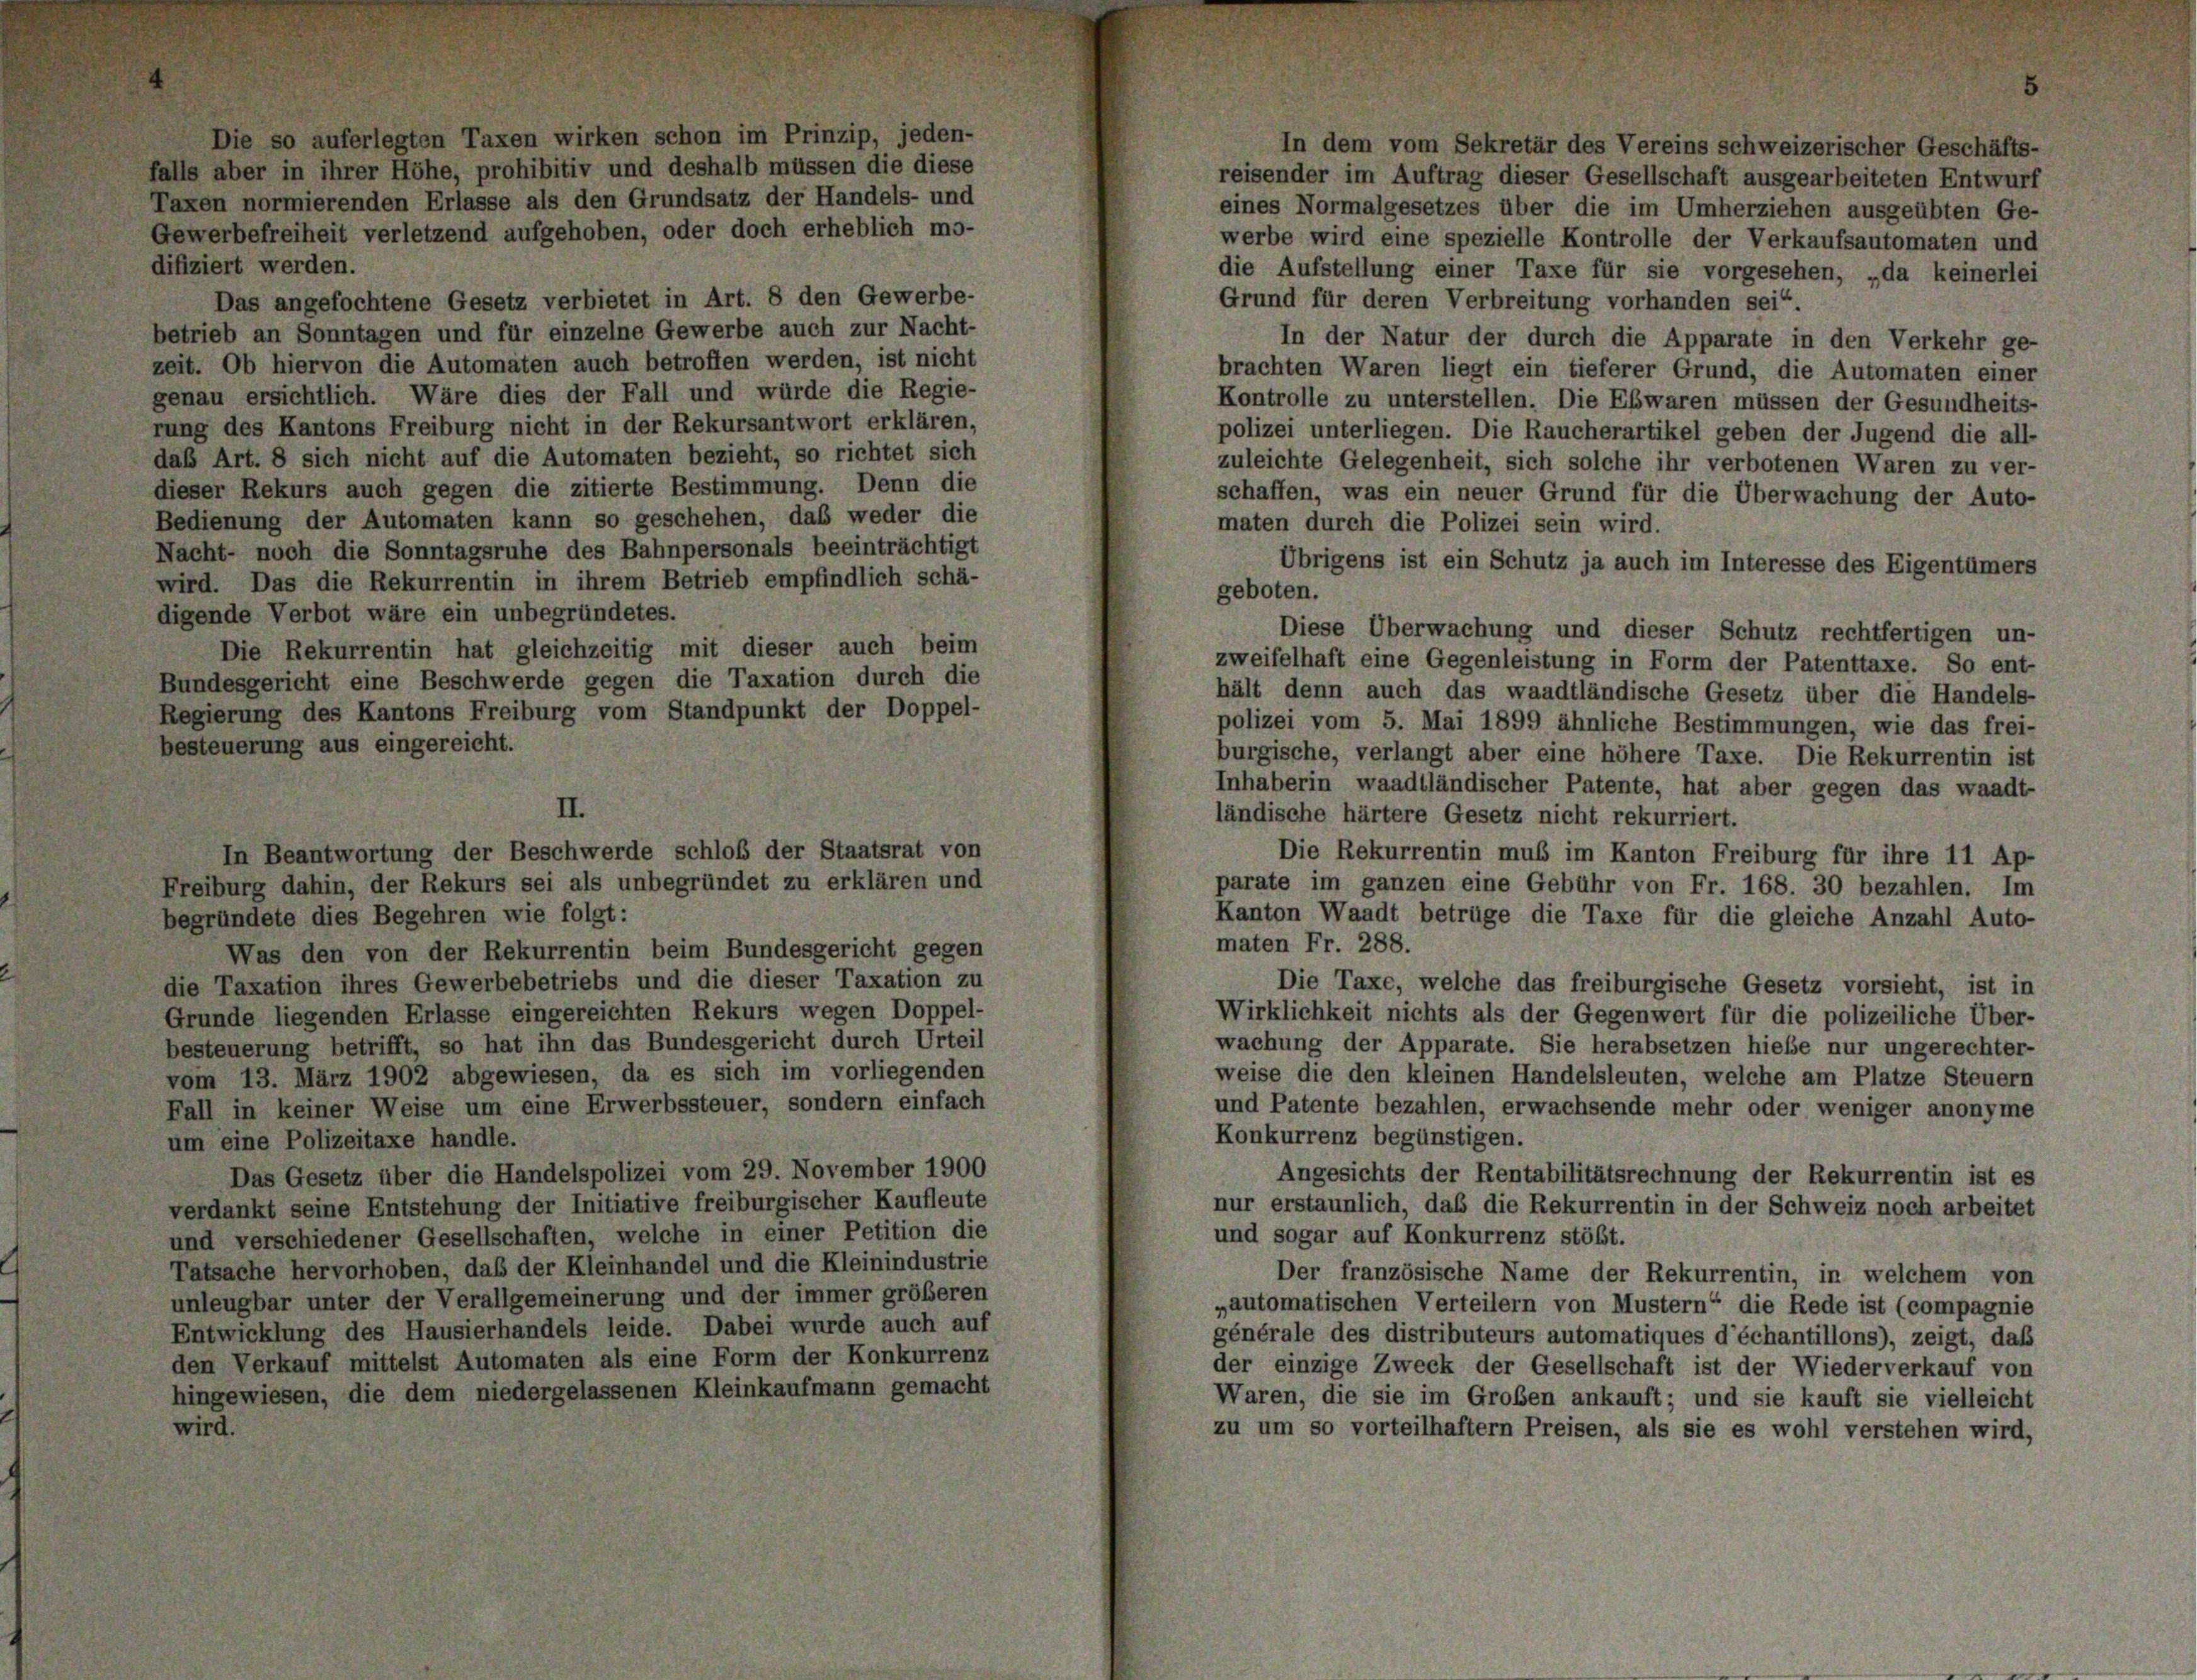
uferlegten Taxen wirken schon im Prinzip, jeden-
hrer Höhe, prohibitiv und deshalb müssen die diese
renden Erlasse als den Grundsatz der Handels- und

verle

gehoben, oder doch erheblich mo-

Das angefochtene Gesetz verbietet in Art. 8 den Gewerbe-
betrieb an Sonntagen und für einzelne Gewerbe auch zur Nacht-
zeit. Ob hiervon die Automaten auch betroffen werden, ist nicht
genau ersichtlich. Wäre dies der Fall und würde die Regie-
rung des Kantons Freiburg nicht in der Rekursantwort erklären,
daß Art. 8 sich nicht auf die Automaten bezieht, so richtet sich
dieser Rekurs auch gegen die zitierte Bestimmung. Denn die
Bedienung der Automaten kann so geschehen, daß weder die
Nacht- noch die Sonntagsruhe des Bahnpersonals beeinträchtigt
wird. Das die Rekurrentin in ihrem Betrieb empfindlich schä-
digende Verbot wäre ein unbegründetes.
Die Rekurrentin hat gleichzeitig mit dieser auch beim
Bundesgericht eine Beschwerde gegen die Taxation durch die
Regierung des Kantons Freiburg vom Standpunkt der Doppel-
besteuerung aus eingereicht.

difiziert werden.

In Beantwortung der Beschwerde schloß der Staatsrat von
Freiburg dahin, der Rekurs sei als unbegründet zu erklären und
begründete dies Begehren wie folgt:
Was den von der Rekurrentin beim Bundesgericht gegen
die Taxation ihres Gewerbebetriebs und die dieser Taxation zu
Grunde liegenden Erlasse eingereichten Rekurs wegen Doppel-
besteuerung betrifft, so hat ihn das Bundesgericht durch Urteil
vom 13. März 1902 abgewiesen, da es sich im vorliegenden
Fall in keiner Weise um eine Erwerbssteuer, sondern einfach
um eine Polizeitaxe handle.
Das Gesetz über die Handelspolizei vom 29. November 1900
verdankt seine Entstehung der Initiative freiburgischer Kaufleute
und verschiedener Gesellschaften, welche in einer Petition die
Tatsache hervorhoben, daß der Kleinhandel und die Kleinindustrie
unleugbar unter der Verallgemeinerung und der immer größeren
Entwicklung des Hausierhandels leide. Dabei wurde auch auf
den Verkauf mittelst Automaten als eine Form der Konkurrenz
hingewiesen, die dem niedergelassenen Kleinkaufmann gemacht

reisender im Auftrag dieser Gesellschaft ausgearbeiteten Entwurf
eines Normalgesetzes über die im Umherziehen ausgeübten Ge-
werbe wird eine spezielle Kontrolle der Verkaufsautomaten und
die Aufstellung einer Taxe für sie vorgesehen, „da keinerlei
Grund für deren Verbreitung vorhanden sei“.
In der Natur der durch die Apparate in den Verkehr ge-
brachten Waren liegt ein tieferer Grund, die Automaten einer
Kontrolle zu unterstellen. Die Ebwaren müssen der Gesundheits-
polizei unterliegen. Die Raucherartikel geben der Jugend die all-
zuleichte Gelegenheit, sich solche ihr verbotenen Waren zu ver-
schaffen, was ein neuer Grund für die Überwachung der Auto-
maten durch die Polizei sein wird.
Übrigens ist ein Schutz ja auch im Interesse des Eigentümers
geboten.
Diese Überwachung und dieser Schutz rechtfertigen un-
zweifelhaft eine Gegenleistung in Form der Patenttaxe. So ent-
hält denn auch das waadtländische Gesetz über die Handels-
polizei vom 5. Mai 1899 ähnliche Bestimmungen, wie das frei-
burgische, verlangt aber eine höhere Taxe. Die Rekurrentin ist
Inhaberin waadtländischer Patente, hat aber gegen das waadt-
ländische härtere Gesetz nicht rekurriert.
Die Rekurrentin muß im Kanton Freiburg für ihre 11 Ap-
parate im ganzen eine Gebühr von Fr. 168. 30 bezahlen. Im
Kanton Waadt betrüge die Taxe für die gleiche Anzahl Auto-
maten Fr. 288.
Die Taxe, welche das freiburgische Gesetz vorsieht, ist in
Wirklichkeit nichts als der Gegenwert für die polizeiliche Über-
wachung der Apparate. Sie herabsetzen hiebe nur ungerechter-
weise die den kleinen Handelsleuten, welche am Platze Steuern
und Patente bezahlen, erwachsende mehr oder weniger anonyme
Konkurrenz begünstigen.
Angesichts der Rentabilitätsrechnung der Rekurrentin ist es
nur erstaunlich, daß die Rekurrentin in der Schweiz noch arbeitet
und sogar auf Konkurrenz stößt.
Der französische Name der Rekurrentin, in welchem von
„automatischen Verteilern von Mustern“ die Rede ist (compagnie
générale des distributeurs automatiques d’échantillons), zeigt, daß
der einzige Zweck der Gesellschaft ist der Wiederverkauf von
Waren, die sie im Groben ankauft; und sie kauft sie vielleicht
zu um so vorteilhaftern Preisen, als sie es wohl verstehen wird,

In dem vom Sekretär des Vereins schweizerischer Geschäfts-